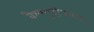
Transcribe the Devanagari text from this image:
वैश्यशूद्रोपचार